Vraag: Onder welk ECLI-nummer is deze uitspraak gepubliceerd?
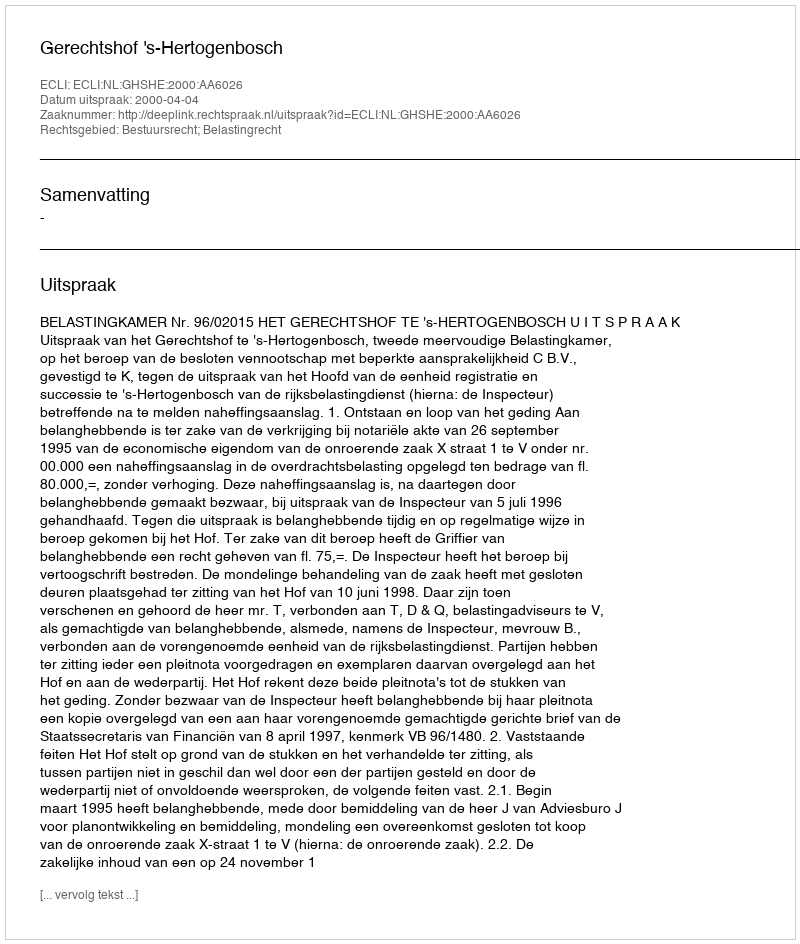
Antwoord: ECLI:NL:GHSHE:2000:AA6026